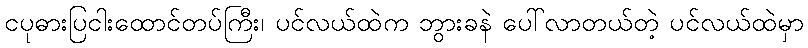
ငပုဓားပြငါးထောင်တပ်ကြီး၊ ပင်လယ်ထဲက ဘွားခနဲ ပေါ်လာတယ်တဲ့ ပင်လယ်ထဲမှာ